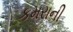
કમરાની